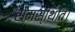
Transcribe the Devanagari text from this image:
समस्थिति।